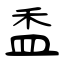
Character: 盉